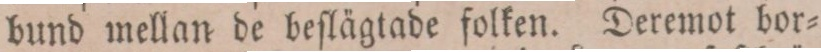
bund mellan de beſlägtade folken. Deremot bor=